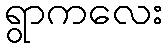
ရွာကလေး